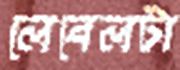
লেবেলটা